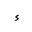
Letter: _hamza